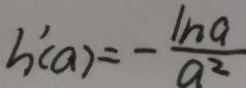
h ^ { \prime } ( a ) = - \frac { \ln a } { a ^ { 2 } }